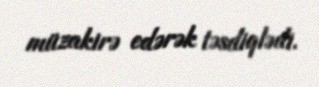
müzakirə edərək təsdiqlədi.